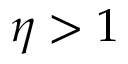
\eta > 1